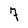
Character: 7